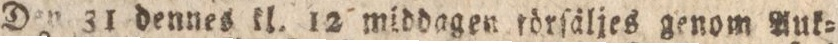
Den 31 dennes kl. 12 middagen rörſäljes genom Auk=